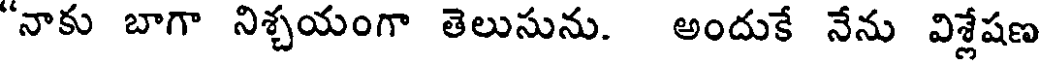
"నాకు బాగా నిశ్చయంగా తెలుసును. అందుకే నేను విశ్లేషణ